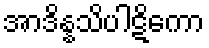
အာဒိန္နသိပါဋိကော